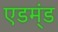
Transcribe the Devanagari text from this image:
एडम्ंड